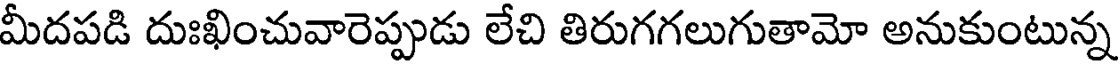
మీదపడి దుఃఖించువారెప్పుడు లేచి తిరుగగలుగుతామో అనుకుంటున్న